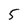
Character: 5